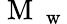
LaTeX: \mathrm{~M~}_{\mathrm{~w~}}